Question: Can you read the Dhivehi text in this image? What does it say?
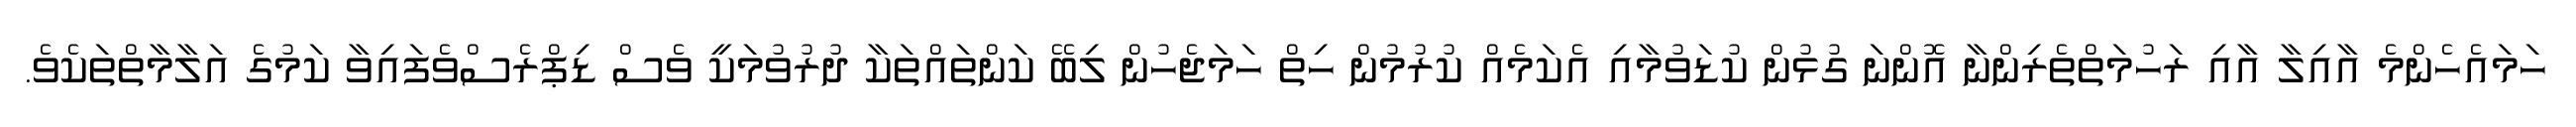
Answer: ހަމައެހެންމެ އާއިލާ އާއި ރަހުމަތްތެރިންނާ އޮންނަ ގުޅުން ކުޑަވުމާއި އެކަމެއް ކުރުމުން ހިތް ހަމަޖެހުން ލިބޭ ކަންތައްތަކާ ދުރުވުމަކީ ވެސް ޑިޕްރެސްވެފައިވާ ކަމުގެ އަލާމާތްތަކެވެ.